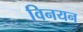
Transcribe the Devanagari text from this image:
विनयन